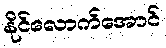
နိုင်လောက်အောင်